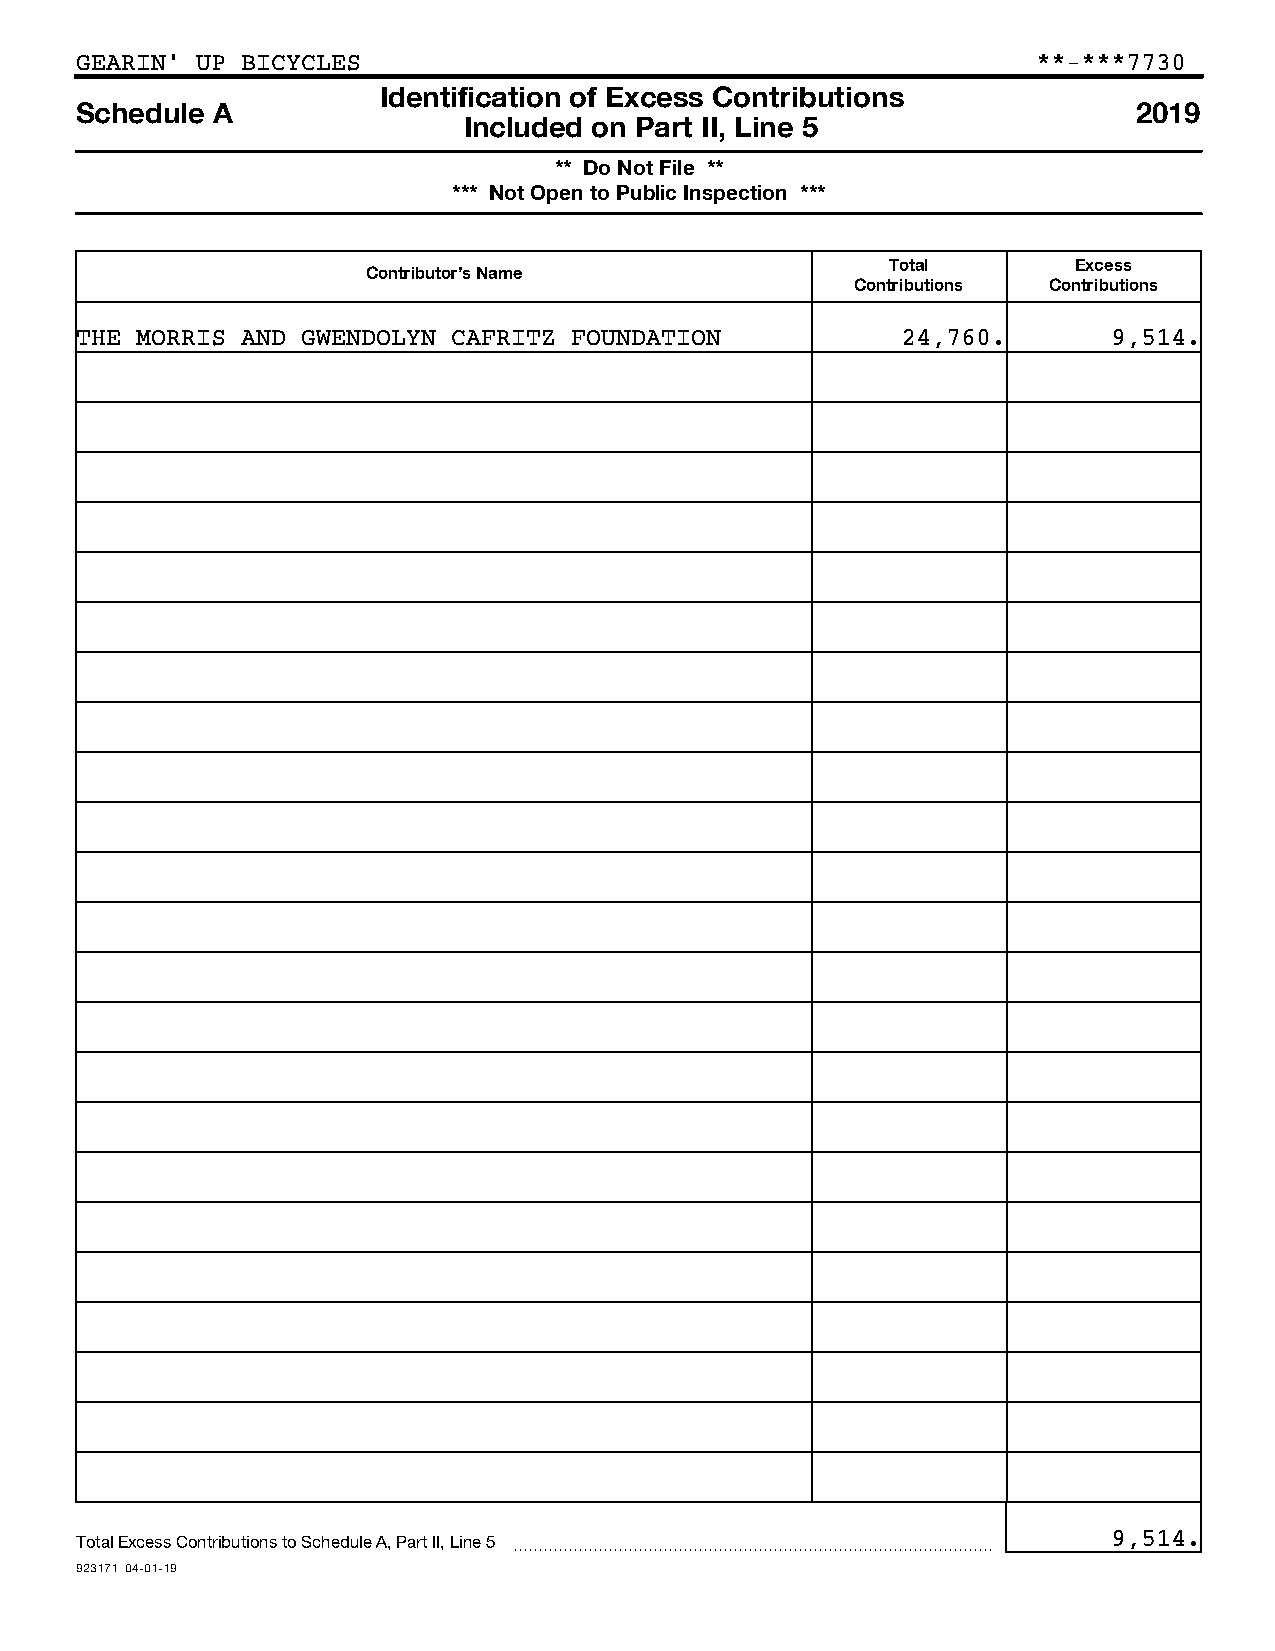
GEARIN’ UP BICYCLES                                             **-***7730
 Identification of Excess Contributions
 Schedule A                                                            2019
 Included on Part II, Line 5
 ** Do Not File **
 *** Not Open to Public Inspection ***
 Total       Excess
 Contributor’s Name
 Contributions Contributions
 THE MORRIS AND GWENDOLYN CAFRITZ FOUNDATION            24,760.       9,514.
 Total Excess Contributions to Schedule A, Part II, Line 5 ~~~~~~~~~~~~~~~~~~~~~~~~~~~~~~~~ 9,514.
 923171 04-01-19